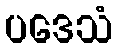
ပဒေသံ